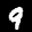
Label: 9